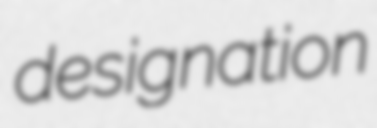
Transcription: designation